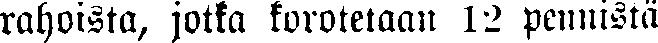
rahoista, jotka korotetaan 12 pennistä